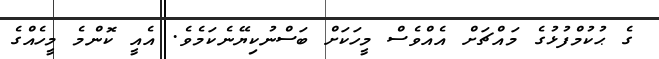
ގެ ޙުކުމްފުޅުގެ މައްޗަށް އެއްވެސް މީހަކަށް ބަސްނުކިޔޭނެކަމެވެ. އެއީ ކޮންމެ މީހެއްގެ